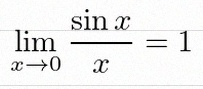
\lim_{x\to0}\frac{\sin x}{x}=1